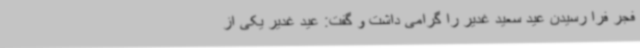
فجر فرا رسیدن عید سعید غدیر را گرامی داشت و گفت: عید غدیر یکی از